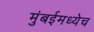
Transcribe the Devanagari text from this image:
मुंबईमध्येच